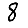
Digit: 8